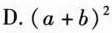
D.(a+b)^2